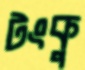
টংকু